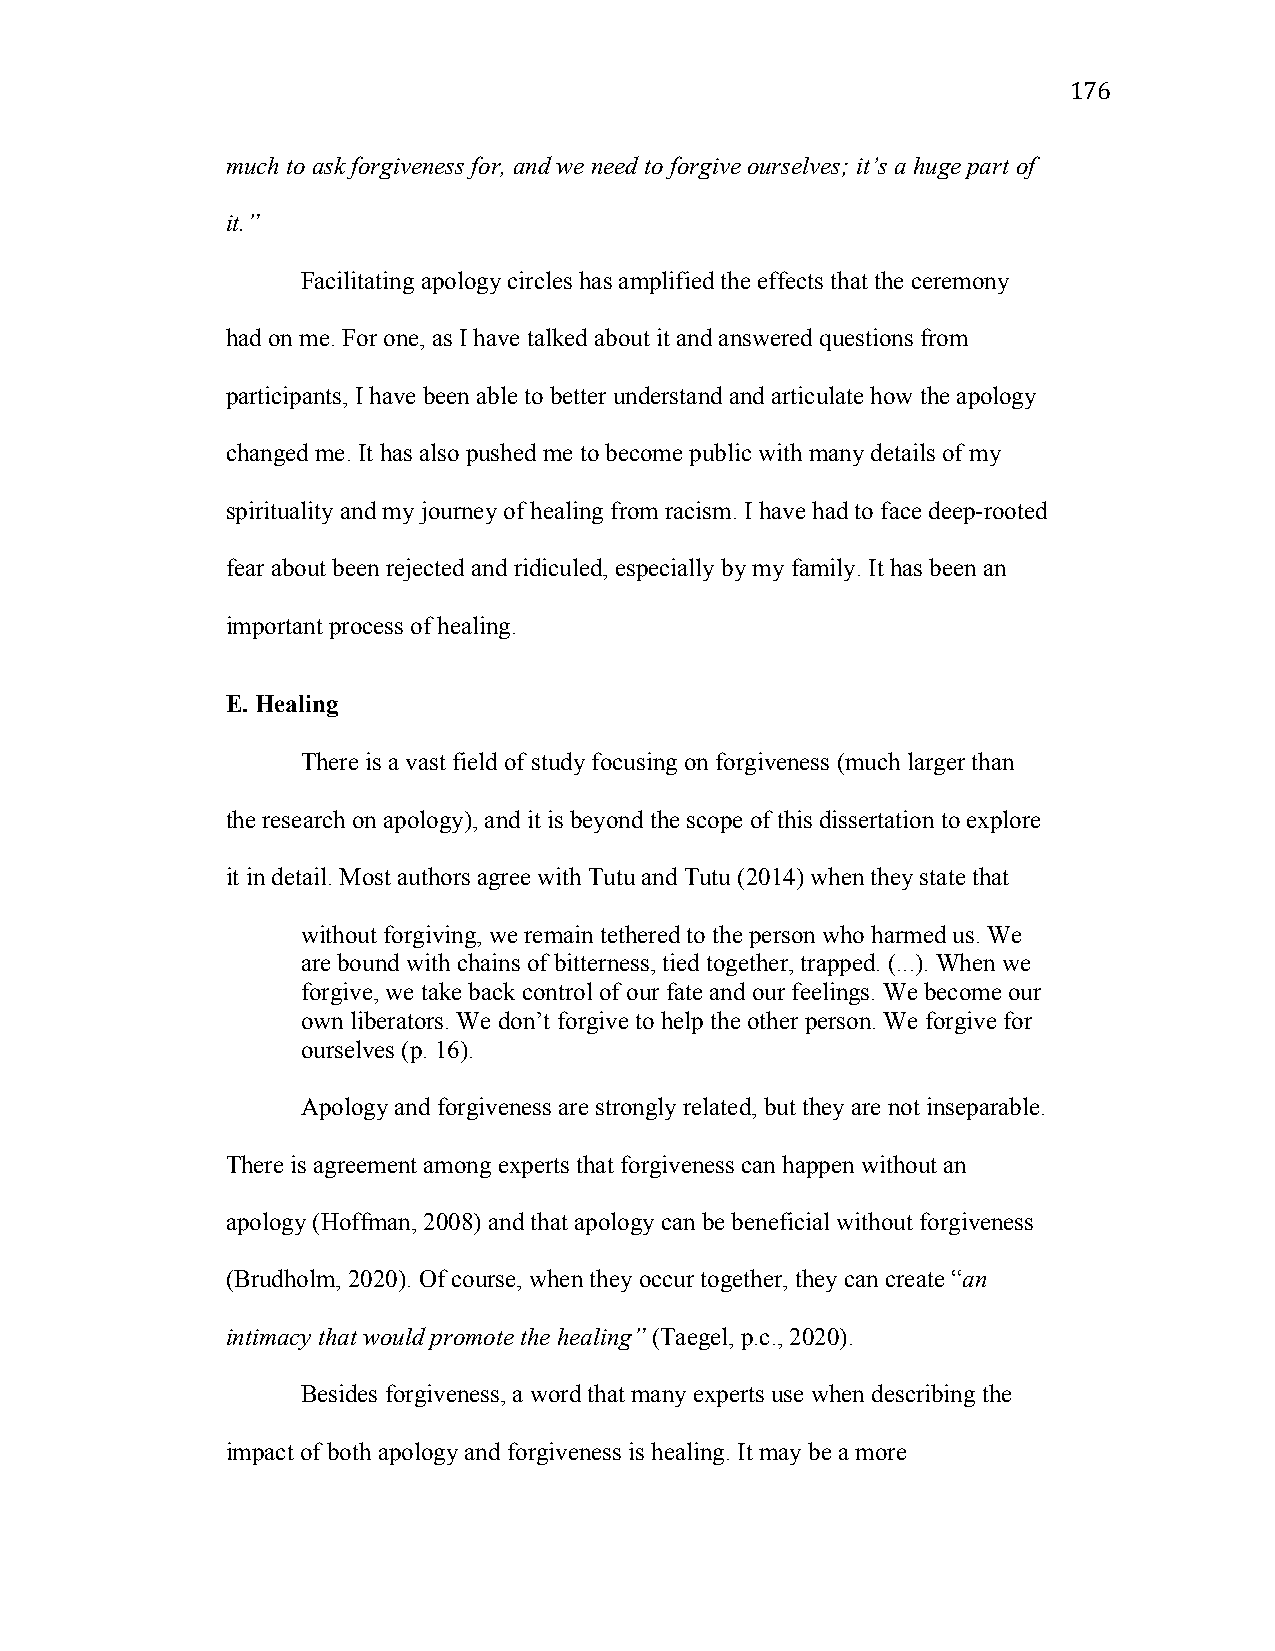
176
 much to ask forgiveness for, and we need to forgive ourselves; it’s a huge part of
 it.”
 Facilitating apology circles has amplified the effects that the ceremony
 had on me. For one, as I have talked about it and answered questions from
 participants, I have been able to better understand and articulate how the apology
 changed me. It has also pushed me to become public with many details of my
 spirituality and my journey of healing from racism. I have had to face deep-rooted
 fear about been rejected and ridiculed, especially by my family. It has been an
 important process of healing.
 E. Healing
 There is a vast field of study focusing on forgiveness (much larger than
 the research on apology), and it is beyond the scope of this dissertation to explore
 it in detail. Most authors agree with Tutu and Tutu (2014) when they state that
 without forgiving, we remain tethered to the person who harmed us. We
 are bound with chains of bitterness, tied together, trapped. (...). When we
 forgive, we take back control of our fate and our feelings. We become our
 own liberators. We don’t forgive to help the other person. We forgive for
 ourselves (p. 16).
 Apology and forgiveness are strongly related, but they are not inseparable.
 There is agreement among experts that forgiveness can happen without an
 apology (Hoffman, 2008) and that apology can be beneficial without forgiveness
 (Brudholm, 2020). Of course, when they occur together, they can create “an
 intimacy that would promote the healing” (Taegel, p.c., 2020).
 Besides forgiveness, a word that many experts use when describing the
 impact of both apology and forgiveness is healing. It may be a more